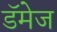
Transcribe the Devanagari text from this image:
डॅमेज